Report on the lunatic asylums under the Government of Bombay - 1904-1913
Year: 1904
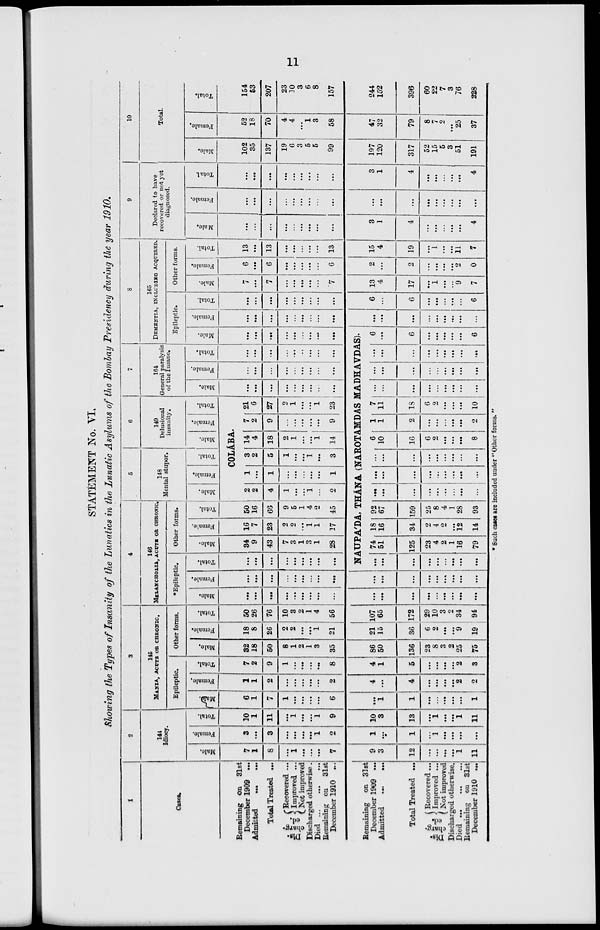
11
STATEMENT No. VI.
Showing the Types of Insanity of the Lunatics in the Lunatic Asylums of the Bombay Presidency during the year 1910.
1
Cases.
Remaining on 31st
December 1909 ...
Admitted ... ...
Total Treated ...
Dis-
charg-
ed.
Recovered ...
Improved ...
Not improved
Discharged otherwise.
Died
...
...
...
Remaining on
31st
December 1910 ...
Remaining on 31st
December 1909 ...
Admitted
...
...
Total Treated ...
Dis-
charg-
ed.
Recovered ...
Improved ...
Not improved
Discharged otherwise.
Died.
...
...
...
Remaining on 31st
December 1910 ...
2
144
Idiocy.
Male.
7
1
8
...
1
...
...
...
7
9
3
12
...
...
...
...
1
11
Female.
3
...
3
...
...
...
...
1
2
1
...
1
...
1
...
...
...
...
Total.
10
1
11
...
1
...
...
1
9
10
3
13
...
1
...
...
1
11
3
145
MANIA, ACUTE OR CHRONIC.
Epileptic.
Male.
6
1
7
1
...
...
...
...
6
...
1
1
...
...
...
...
...
1
Female.
1
1
2
...
...
...
...
...
2
4
...
4
...
...
...
...
2
2
Total.
7
2
9
1
...
...
...
...
8
4
1
5
...
...
...
...
2
3
Other forms.
Male.
32
18
50
8
1
2
1
3
35
86
50
136
23
8
3
2
25
75
Female.
18
8
26
2
2
...
...
1
21
21
15
36
6
2
...
...
9
19
Total.
50
26
76
10
3
2
1
4
56
107
65
172
29
10
3
2
34
94
4
146
MELANCHOLIA, ACUTE OR CHRONIC.
*Epileptic.
Male.
...
...
...
...
...
...
...
...
...
...
...
...
...
...
...
...
...
...
Female.
...
...
...
...
...
...
...
...
...
...
...
...
...
...
...
...
...
...
Total.
...
...
...
...
...
...
...
...
...
Other forms.
Male
34
9
43
7
3
1
3
1
28
Female.
16
7
23
2
2
...
1
1
17
Total.
50
16
66
9
5
1
4
...
45
5
148
Mental stupor.
Male.
Female.
Total.
6
149
Delusional
insanity.
Male.
Female.
Total.
COLÁBA.
2
2
4
1
...
...
1
...
2
1
...
1
...
...
...
...
...
1
3
2
5
1
...
...
1
...
3
14
4
18
2
1
...
...
1
14
7
2
9
...
...
...
...
...
9
21
6
27
2
1
...
...
1
23
7
164
General paralysis
of the Insane.
Male.
...
...
...
...
...
...
...
...
...
Female.
...
...
...
...
...
...
...
...
...
Total.
...
...
...
...
...
..
...
...
...
8
165
DEMENTIA, INCLUDING ACQUIRED.
Epileptic.
Male.
...
...
...
...
...
...
...
...
...
NAUPA'DA, THÁNA (NAROTAMDAS MADHAVDAS).
...
...
...
...
...
...
...
...
...
74
51
125
23
4
2
1
16
79
18
16
34
2
4
2
...
12
14
92
67
159
25
8
4
1
28
93
...
...
...
...
...
...
...
...
...
...
...
...
...
...
...
...
...
...
...
...
...
...
...
...
...
...
...
6
10
16
6
2
...
...
...
8
1
1
2
...
...
...
...
...
2
7
11
18
6
2
...
...
...
10
...
...
...
...
...
...
...
...
...
...
...
...
...
...
...
...
...
...
...
...
...
...
...
...
...
...
...
6
...
6
...
...
...
...
...
6
Female.
...
...
...
...
...
...
...
...
...
...
...
...
...
...
...
...
...
...
Total.
...
...
...
...
...
...
...
...
...
6
...
6
...
...
...
...
...
6
Other forms.
Male.
7
...
7
...
...
...
...
...
7
13
4
17
...
1
...
...
9
7
Female.
6
...
6
...
...
...
...
...
6
2
...
2
...
...
...
...
2
0
Total.
13
...
13
...
...
...
...
...
13
15
4
19
...
1
...
...
11
7
9
Declared to have
recovered or not yet
diagnosed.
Male.
...
...
...
...
...
...
...
...
...
3
1
4
...
...
...
...
...
4
Female.
...
...
...
...
...
...
...
...
...
...
...
...
...
...
...
...
...
Total.
...
...
...
...
...
...
...
...
...
3
1
4
...
...
...
...
...
4
10
Total.
Male.
102
35
137
19
6
3
5
5
99
197
120
317
52
15
5
3
51
191
Female.
52
18
70
4
4
...
1
3
58
47
32
79
8
7
2
...
25
37
Total.
154
53
207
23
30
3
6
8
157
244
152
396
60
22
7
3
76
228
* Such cases are included under "Other forms."